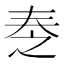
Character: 𡘕